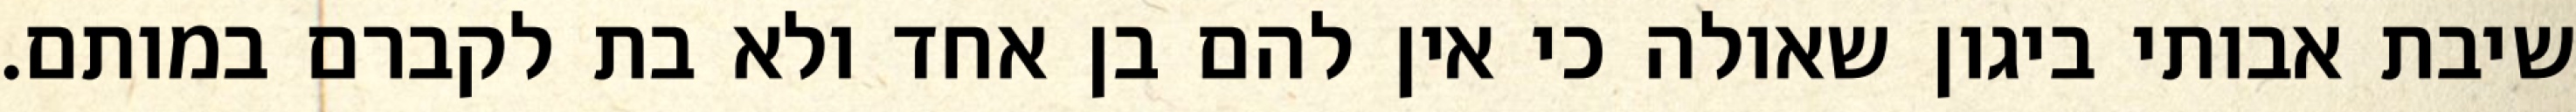
שיבת אבותי ביגון שאולה כי אין להם בן אחד ולא בת לקברם במותם.